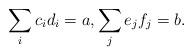
LaTeX: \begin{align*}\sum_i c_id_i = a,\sum_j e_jf_j = b. \end{align*}